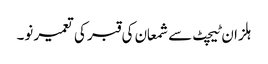
ہلزان ٹیچٹ سے شمعان کی قبر کی تعمیر نو۔